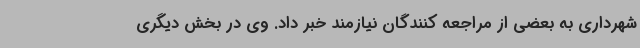
شهرداری به بعضی از مراجعه کنندگان نیازمند خبر داد. وی در بخش دیگری